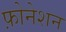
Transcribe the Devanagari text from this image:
फ़ोनेशन